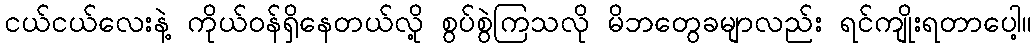
ငယ်ငယ်လေးနဲ့ ကိုယ်ဝန်ရှိနေတယ်လို့ စွပ်စွဲကြသလို မိဘတွေခမျာလည်း ရင်ကျိုးရတာပေါ့။